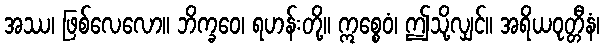
အဿ၊ ဖြစ်လေလော။ ဘိက္ခဝေ၊ ရဟန်းတို့။ ဣစ္စေဝံ၊ ဤသို့လျှင်။ အရိယဝုတ္တီနံ၊